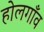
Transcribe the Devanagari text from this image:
होलगाँव